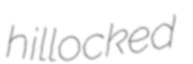
hillocked